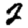
Digit: 2